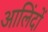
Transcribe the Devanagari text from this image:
आलिंदों